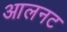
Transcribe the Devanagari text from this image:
आलनट